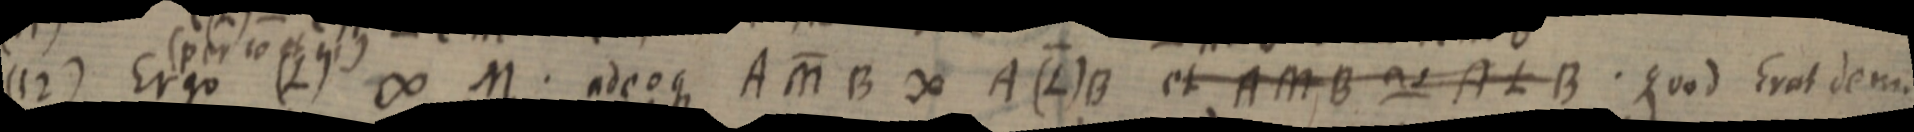
(12) Ergo (L) ∞ M. adeoque AMB ∞ A(L)B et AMB ~ ALB. Quod Erat dem.